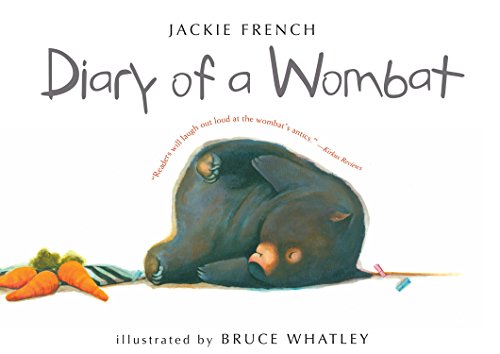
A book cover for Diary of a Wombat; Jackie French; Children's Books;